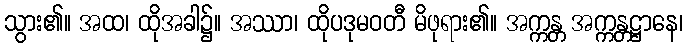
သွား၏။ အထ၊ ထိုအခါ၌။ အဿာ၊ ထိုပဒုမဝတီ မိဖုရား၏။ အက္ကန္တ အက္ကန္တဋ္ဌာနေ၊